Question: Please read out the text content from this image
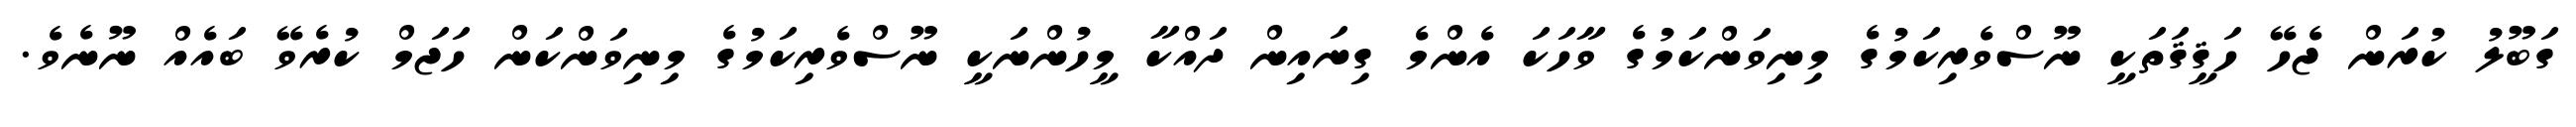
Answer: ގަބޫލު ކުރަން ޖެހޭ ހަޤީޤަތަކީ ނޫސްވެރިކަމުގެ މިނިވަންކަމުގެ ވާހަކަ އެންމެ ގިނައިން ދައްކާ މީހުންނަކީ ނޫސްވެރިކަމުގެ މިނިވަންކަން ހަޖަމް ކުރެވޭ ބައެއް ނޫނެވެ.